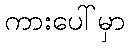
ကားပေါ်မှာ